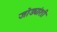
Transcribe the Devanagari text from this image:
जोड्यांशी